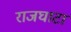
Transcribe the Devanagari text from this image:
राजघाटा